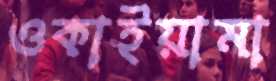
ওকাইয়ামা